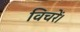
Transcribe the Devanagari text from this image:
विचरें।